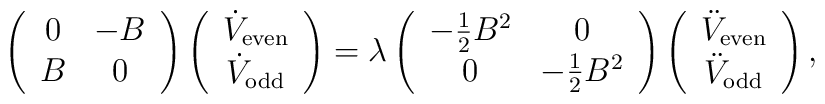
\left(\begin{array}{cc}0 & - B \\ B & 0 \\\end{array}\right)\left(\begin{array}{c}\dot V_{{\rm even}} \\\dot V_{{\rm odd}} \\\end{array}\right)=\lambda\left(\begin{array}{cc}-{1 \over 2}B^2 & 0 \\ 0 & -{1 \over 2}B^2 \\\end{array}\right)\left(\begin{array}{c}\ddot V_{{\rm even}} \\\ddot V_{{\rm odd}} \\\end{array}\right),